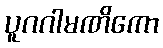
ပူဂဂါမဏိကော